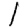
Digit: 1